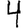
Digit: 4